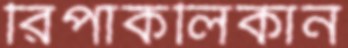
রিপাকলিকান